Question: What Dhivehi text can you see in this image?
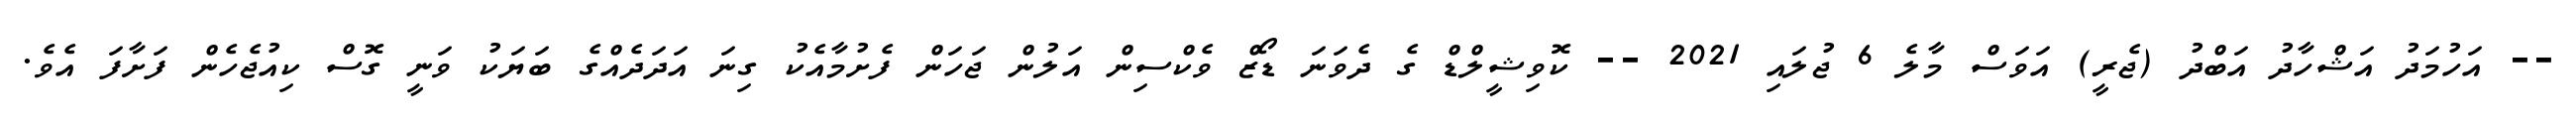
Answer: -- އަހުމަދު އަޝްހާދު އަބްދު (ޖެރީ) އަވަސް މާލެ 6 ޖުލައި 2021 -- ކޮވިޝީލްޑް ގެ ދެވަނަ ޑޯޒް ވެކްސިން އަލުން ޖަހަން ފެށުމާއެކު ގިނަ އަދަދެއްގެ ބަޔަކު ވަނީ ގޮސް ކިއުޖެހެން ފަށާފަ އެވެ.